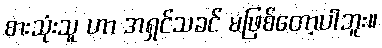
စားသုံးသူ ဟာ အရှင်သခင် မဖြစ်တော့ပါဘူး။